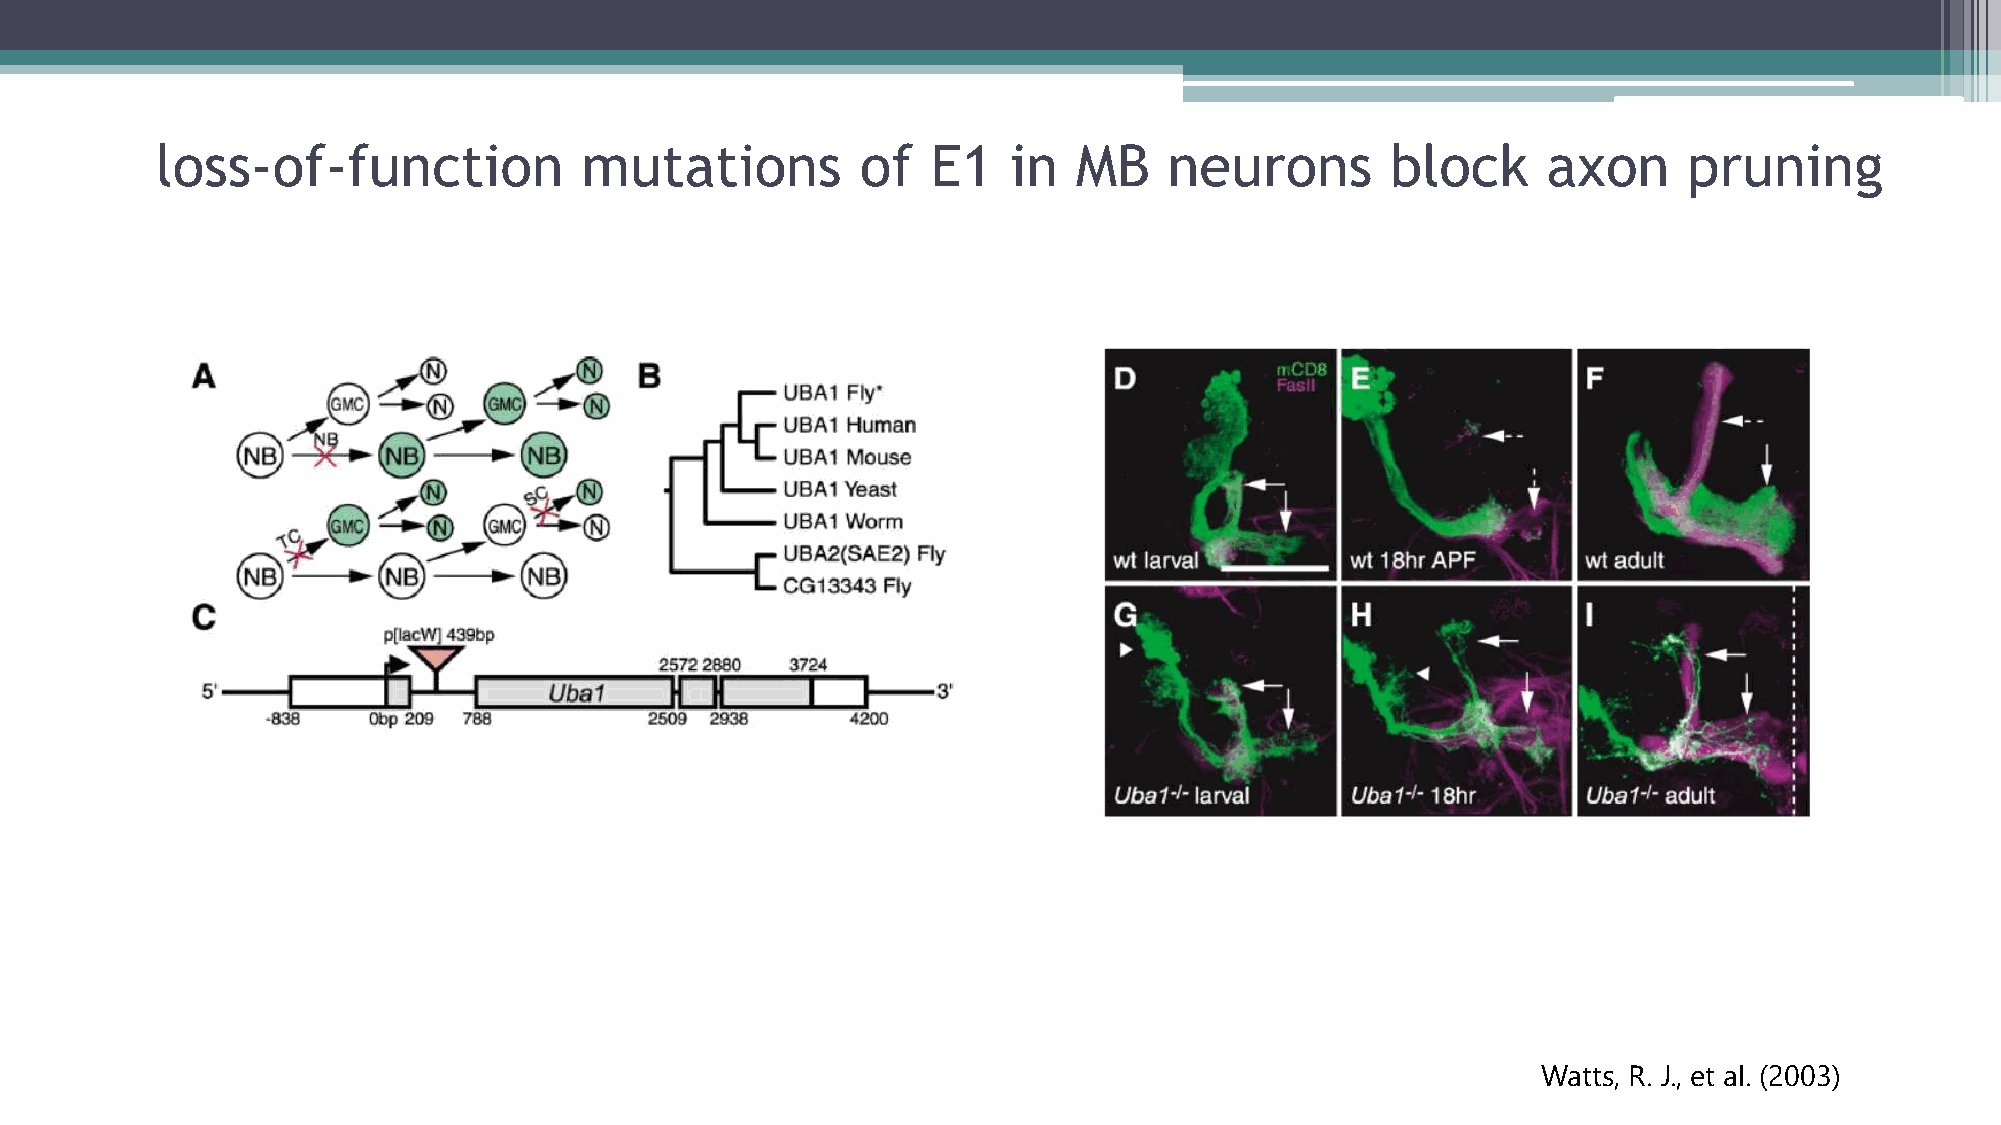
loss-of-function            mutations          of   E1   in  MB    neurons        block     axon      pruning
 Watts, R. J., et al. (2003)